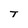
Character: T